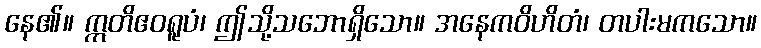
နေ၏။ ဣတိဧဝရူပံ၊ ဤသို့သဘောရှိသော။ အနေကဝိဟိတံ၊ တပါးမကသော။